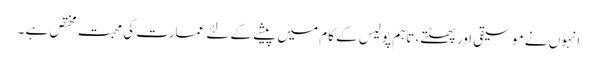
انہوں نے موسیقی اور پھٹتے، تاہم پولیس کے کام میں پیشے کے لئے عمارت کی محبت مختص ہے ۔